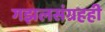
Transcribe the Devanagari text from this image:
गझलसंग्रहही